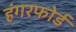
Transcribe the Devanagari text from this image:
हंगरफोर्ड